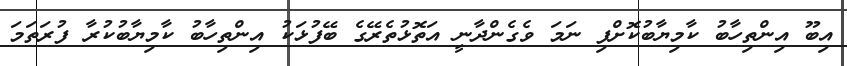
އިބޫ އިންތިހާބު ކާމިޔާބުކޮށްފި ނަމަ ވެގެންދާނީ އަތޮޅުތެރޭގެ ބޭފުޅަކު އިންތިހާބު ކާމިޔާބުކުރާ ފުރަތަމަ